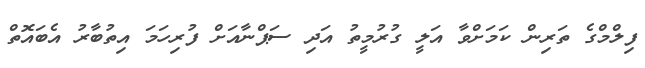
ފިލްމްގެ ތަރިން ކަމަށްވާ އަލީ ގުރުމީތު އަދި ސަޕްނާއަށް ފުރިހަމަ އިތުބާރު އެބައޮތް